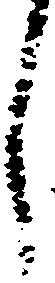
し